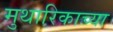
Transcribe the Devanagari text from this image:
मुथारिकाच्या